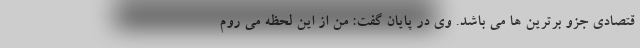
قتصادی جزو برترین ها می باشد. وی در پایان گفت: من از این لحظه می روم